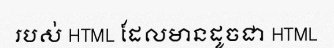
របស់ HTML ដែលមានដូចជា HTML